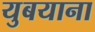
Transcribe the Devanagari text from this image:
युबयाना